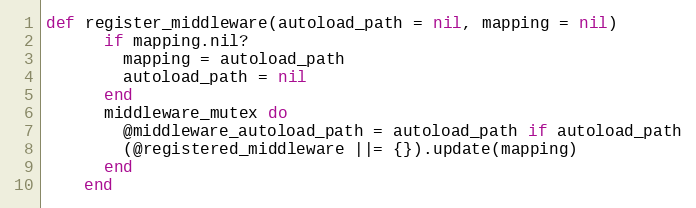
Language: Ruby
def register_middleware(autoload_path = nil, mapping = nil)
      if mapping.nil?
        mapping = autoload_path
        autoload_path = nil
      end
      middleware_mutex do
        @middleware_autoload_path = autoload_path if autoload_path
        (@registered_middleware ||= {}).update(mapping)
      end
    end